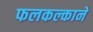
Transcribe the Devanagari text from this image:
फलकल्काने